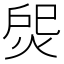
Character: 焈